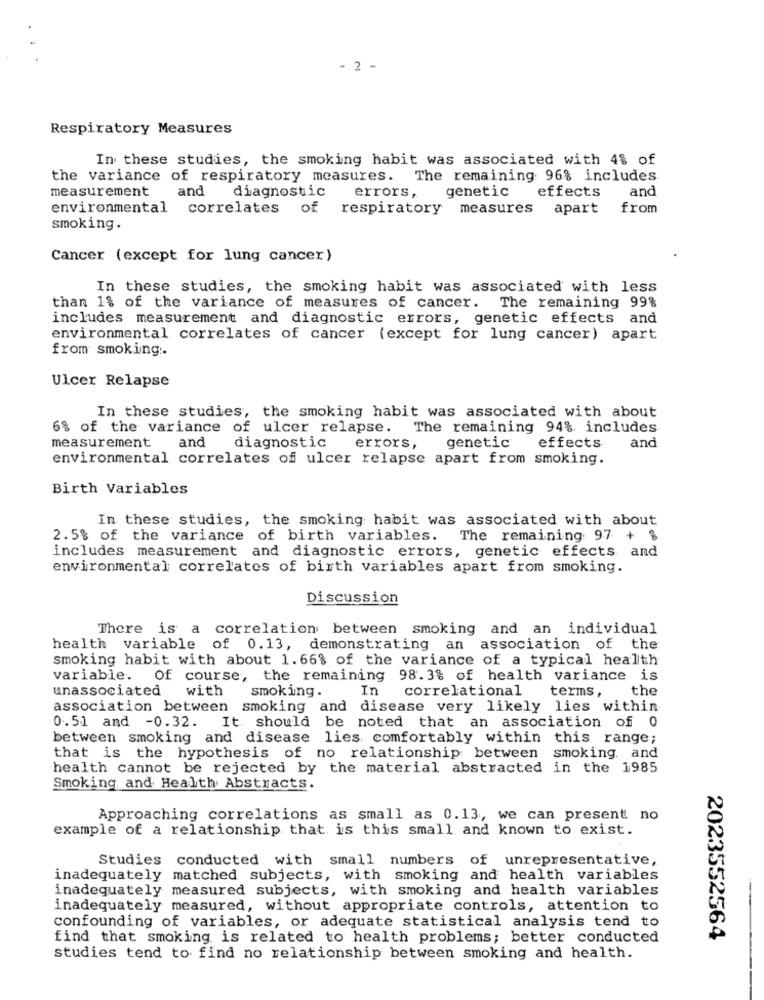
- 2 -
Respiratory Measures
In these studies, the smoking habit was associated with 4% of
the variance of respiratory measures. The remaining 96% includes
measurement
and
diagnostic
errors,
genetic
effects
and
environmental correlates
of respiratory
measures apart
from
smoking.
Cancer (except for lung cancer)
In these studies, the smoking habit was associated with less
The remaining 99%
than 1% of the variance of measures of cancer.
includes measurement and diagnostic errors, genetic effects and
environmental correlates of cancer (except for lung cancer) apart
from smoking ..
Ulcer Relapse
In these studies, the smoking habit was associated with about
6% of the variance of ulcer relapse. The remaining 94%. includes
measurement
and
diagnostic
genetic
and
errors,
effects
environmental correlates of ulcer relapse apart from smoking.
Birth Variables
In these studies, the smoking habit was associated with about
2.5% of the variance of birth variables. The remaining 97 + %
includes measurement and diagnostic errors, genetic effects and
environmental correlates of birth variables apart from smoking.
Discussion
There is a correlation between smoking and an individual
health variable of 0.13, demonstrating an association of the
smoking habit with about 1.66% of the variance of a typical health
variable.
Of course, the remaining 98.3% of health variance is
unassociated
with
smoking.
In
correlational
terms ,
the
association between smoking and disease very likely lies within
0.51 and -0.32. It should be noted that an association of 0
between smoking and disease lies comfortably within this range;
that is the hypothesis of no relationship between smoking. and
health cannot be rejected by the material abstracted in the 1985
Smoking and Health Abstracts.
Approaching correlations as small as 0.13, we can present no
example of a relationship that is this small and known to exist.
Studies
conducted with small numbers of unrepresentative,
inadequately matched subjects, with smoking and health variables
inadequately measured subjects, with smoking and health variables
inadequately measured, without appropriate controls, attention to
confounding of variables, or adequate statistical analysis tend to
find that smoking is related to health problems; better conducted
2023552564
studies tend to find no relationship between smoking and health.